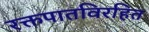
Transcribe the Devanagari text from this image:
रक्तपातविरहित